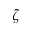
\zeta